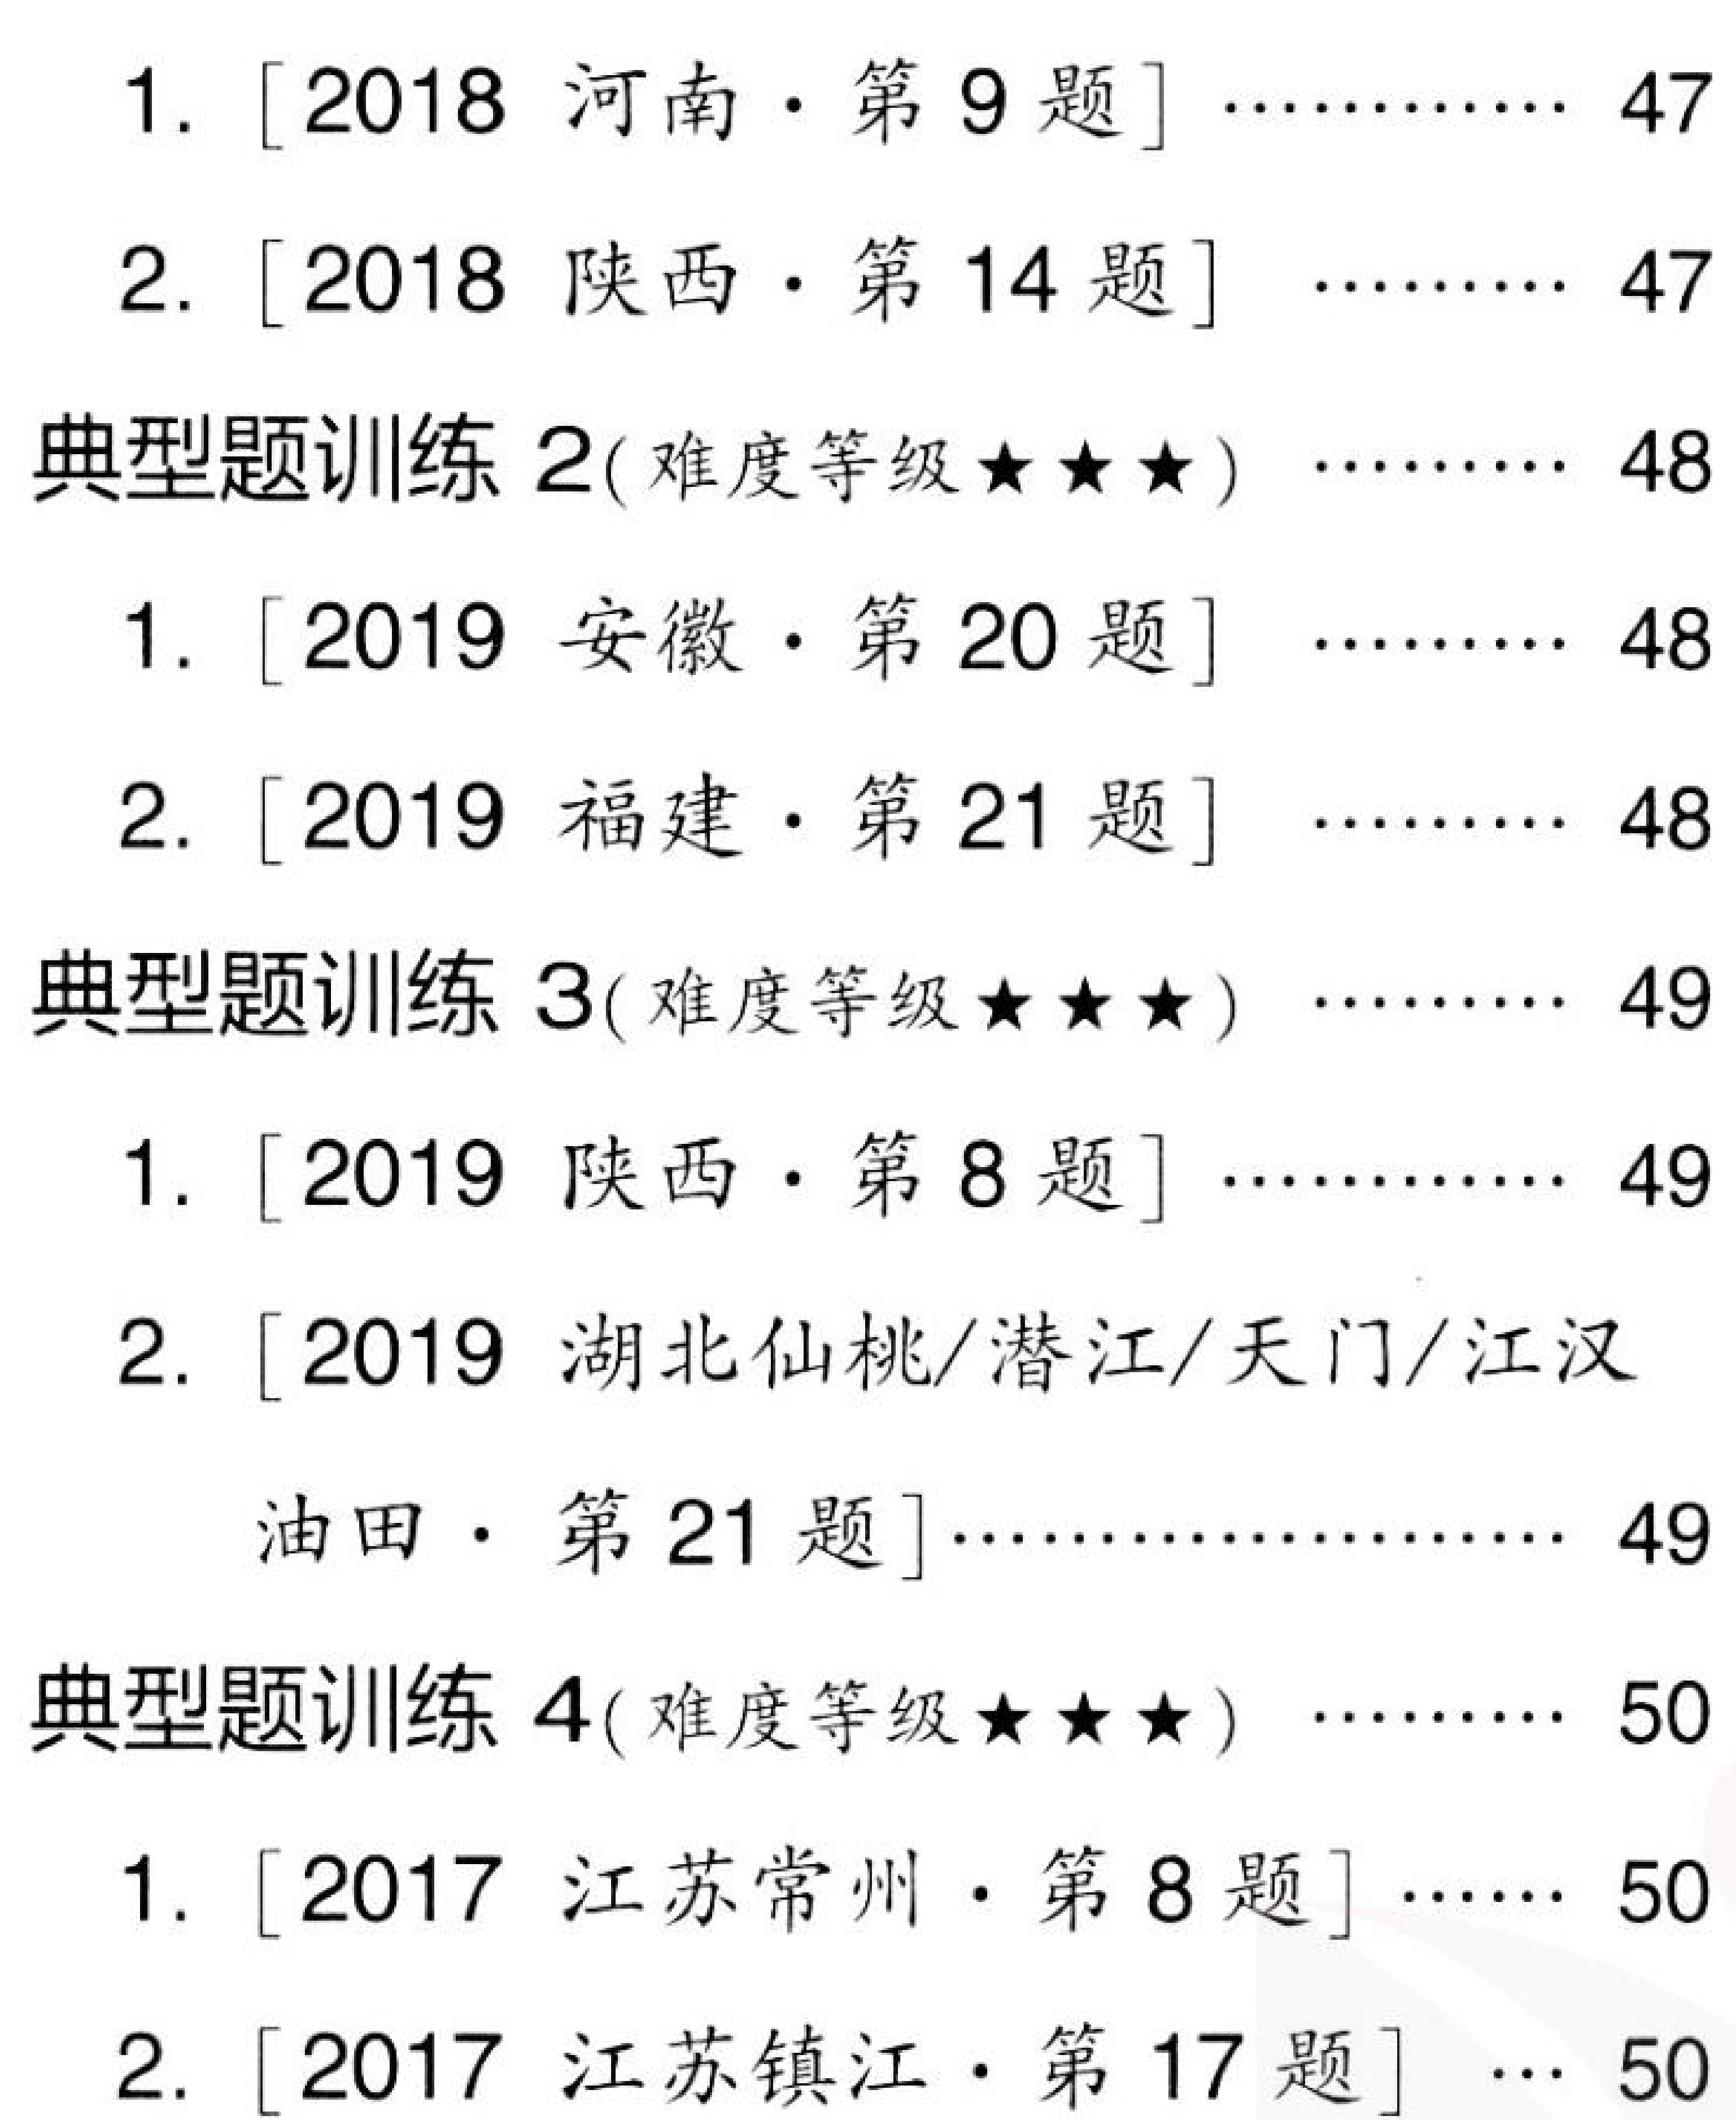
1. [2018 河南·第9题]………… 47
2. [2018 陕西·第14题] ……… 47
典型题训练2(难度等级$\star\star\star$) ……… 48
1. [2019 安徽·第20题] ……… 48
2. [2019 福建·第21题] ……… 48
典型题训练3(难度等级$\star\star\star$) ……… 49
1. [2019 陕西·第8题]………… 49
2. [2019 湖北仙桃/潜江/天门/江汉
油田·第21题]……………… 49
典型题训练4(难度等级$\star\star\star$) ……… 50
1. [2017 江苏常州·第8题] …… 50
2. [2017 江苏镇江·第17题] … 50